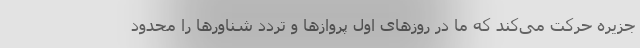
جزیره حرکت می‌کند که ما در روزهای اول پروازها و تردد شناورها را محدود